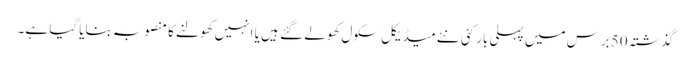
گذشتہ 50 برس میں پہلی بار کئی نئے میڈیکل سکول کھولے گئے ہیں یا انہیں کھولنے کا منصوبہ بنایا گیا ہے۔